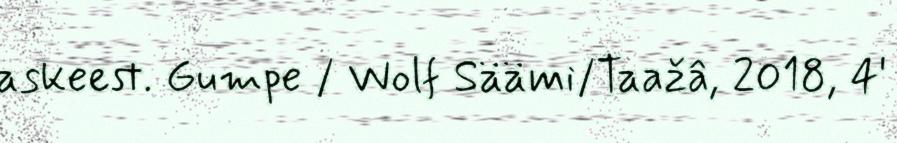
askeest. Gumpe / Wolf Säämi/Taažâ, 2018, 4'